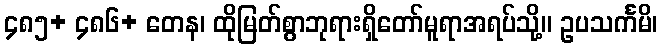
၄၈၅+ ၄၈၆+ တေန၊ ထိုမြတ်စွာဘုရားရှိတော်မူရာအရပ်သို့။ ဥပသင်္ကမိ၊